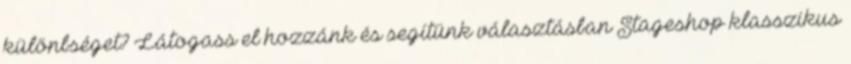
különbséget? Látogass el hozzánk és segítünk választásban Stageshop klasszikus